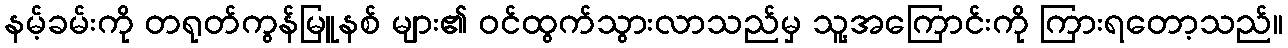
နမ့်ခမ်းကို တရုတ်ကွန်မြူနစ် များ၏ ဝင်ထွက်သွားလာသည်မှ သူ့အကြောင်းကို ကြားရတော့သည်။